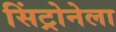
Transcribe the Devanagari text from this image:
सिंट्रोनेला